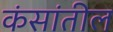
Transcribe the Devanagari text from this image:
कंसांतील